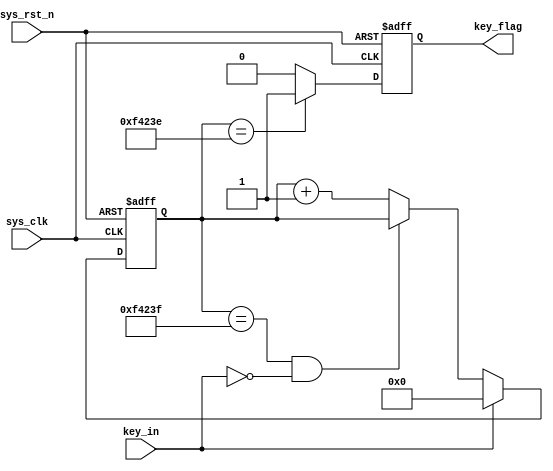
// key led
// `timescale 1ps/1ps
// module keyled (
// 	input clk, 
// 	input key_in,
// 	output key_out
// );
// 	reg [25:0] count_low;
// 	reg [25:0] count_high;
// 	reg key_out_reg;
// 	parameter SAMPLE_TIME = 400000;

// 	//low judge
// 	always @(posedge clk) begin
// 		if(key_in == 1'b0)
// 			count_low <= count_low + 1;
// 		else
// 			count_low <= 0;
// 	end

// 	//high judge
// 	always @(posedge clk ) begin
// 		if(key_in == 1'b1)
// 			count_high <= 1;
// 		else
// 			count_high <= 0;
//  	end


//  	always @(posedge clk) begin
//  		if(count_high == SAMPLE_TIME)
//  			key_out_reg <= 1;
//  		else if (count_low == SAMPLE_TIME)
//  			key_out_reg <= 0;
//  	end

//  	assign key_out = key_out_reg;
// endmodule

module keyled
#(
parameter CNT_MAX = 20'd999_999 //
)
(
input wire sys_clk , //50Mhz
input wire sys_rst_n , //
input wire key_in , //

output reg key_flag //key_flag1
//key_flag0
);

////
//\* Parameter and Internal Signal \//
////
//reg define
reg [19:0] cnt_20ms ; //

////
//\* Main Code \//
////

//cnt_20ms:
always@(posedge sys_clk or negedge sys_rst_n)
if(sys_rst_n == 1'b0)
cnt_20ms <= 20'b0;
else if(key_in == 1'b1)
cnt_20ms <= 20'b0;
else if(cnt_20ms == CNT_MAX && key_in == 1'b0)
cnt_20ms <= cnt_20ms;
else
cnt_20ms <= cnt_20ms + 1'b1;

//key_flag:20ms
//key_flag999_999,
always@(posedge sys_clk or negedge sys_rst_n)
if(sys_rst_n == 1'b0)
key_flag <= 1'b0;
else if(cnt_20ms == CNT_MAX - 1'b1)
key_flag <= 1'b1;
else
key_flag <= 1'b0;

endmodule